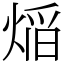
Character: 㷔